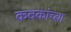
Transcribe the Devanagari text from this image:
कवकांच्या